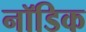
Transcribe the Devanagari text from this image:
नॉडिक